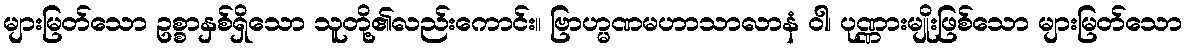
များမြတ်သော ဥစ္စာနှစ်ရှိသော သူတို့၏လည်းကောင်း။ ဗြာဟ္မဏမဟာသာလာနံ ဝါ၊ ပုဏ္ဏားမျိုးဖြစ်သော များမြတ်သော